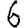
Digit: 6